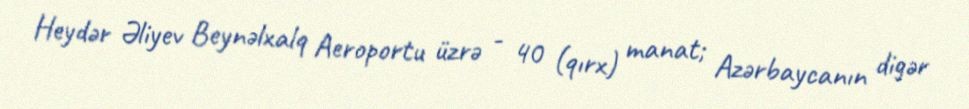
Heydər Əliyev Beynəlxalq Aeroportu üzrə - 40 (qırx) manat; Azərbaycanın digər